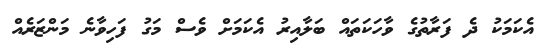
އެކަމަކު ދެ ފަރާތުގެ ވާހަކަތައް ބަލާއިރު އެކަމަށް ވެސް މަގު ފަހިވާނެ މަންޒަރެއް